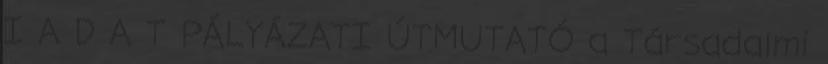
I A D A T PÁLYÁZATI ÚTMUTATÓ a Társadalmi